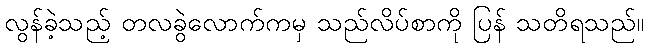
လွန်ခဲ့သည့် တလခွဲလောက်ကမှ သည်လိပ်စာကို ပြန် သတိရသည်။